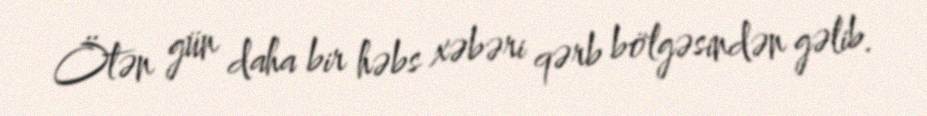
Ötən gün daha bir həbs xəbəri qərb bölgəsindən gəlib.